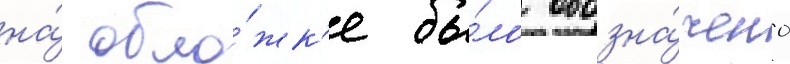
на́ обло́жк'е бы́ло обозна́чено